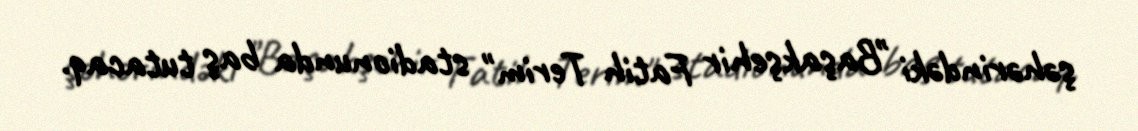
şəhərindəki "Başakşehir Fatih Terim" stadionunda baş tutacaq.